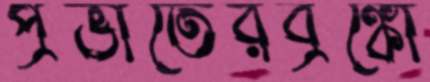
প্রভাতেরব্রঙ্কো